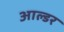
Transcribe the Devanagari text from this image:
आल्डर